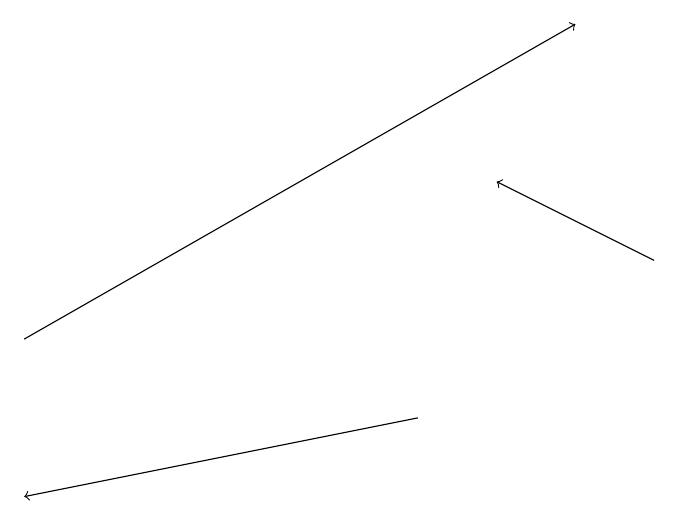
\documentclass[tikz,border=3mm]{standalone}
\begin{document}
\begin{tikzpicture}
\draw[->] (1,12) -- (8,16);
\draw[->] (6,11) -- (1,10);
\draw[->] (9,13) -- (7,14);
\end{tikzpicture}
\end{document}